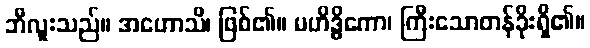
ဘီလူးသည်။ အဟောသိ၊ ဖြစ်၏။ မဟိဒ္ဓိကော၊ ကြီးသောတန်ခိုးရှိ၏။